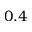
0 . 4